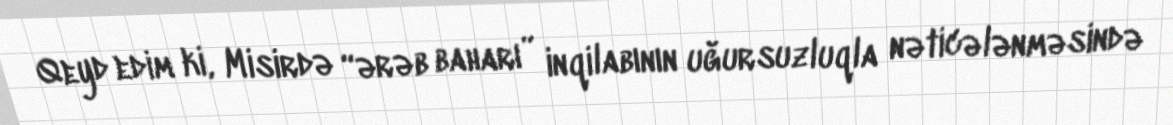
Qeyd edim ki, Misirdə “ərəb baharı” inqilabının uğursuzluqla nəticələnməsində